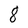
Character: 8